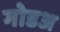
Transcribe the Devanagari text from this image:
गोडअ